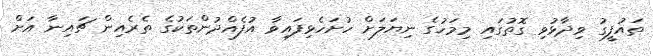
ތައުފީގު ވިދާޅުވި ގޮތުގައި މިމަހުގެ ނިޔަލަށް ހުށަހެޅިފައިވާ އުފެއްދުންތަކުގެ ތެރެއިން ޗައިނާ އަށް